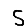
Digit: 5